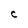
Character: C